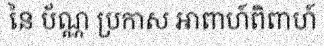
នៃ ប័ណ្ណ ប្រកាស អាពាហ៍ពិពាហ៍